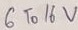
Text: 6 To 16V